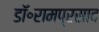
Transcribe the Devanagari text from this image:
डॉ॰रामप्रसाद